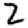
Digit: 2